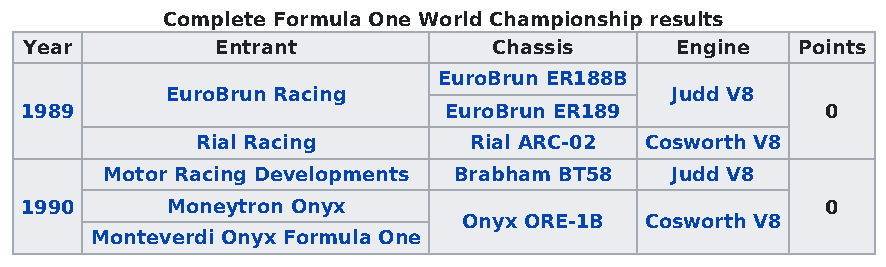
Complete Formula One World Championship results
 Year        Entrant            Chassis     Engine  Points
 EuroBrun ER188B
 EuroBrun Racing                  Judd V8
 1989                        EuroBrun ER189            0
 Rial Racing       Rial ARC-02 Cosworth V8
 Motor Racing Developments Brabham BT58 Judd V8
 1990      Moneytron Onyx                              0
 Onyx ORE-1B Cosworth V8
 Monteverdi Onyx Formula One